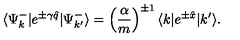
\langle \Psi _ { k } ^ { - } | e ^ { \pm \gamma \hat { q } } | \Psi _ { k ^ { \prime } } ^ { - } \rangle = \left( \frac { \alpha } { m } \right) ^ { \pm 1 } \langle k | e ^ { \pm \hat { x } } | k ^ { \prime } \rangle .